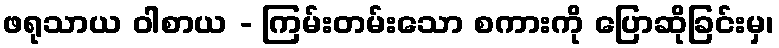
ဖရုသာယ ဝါစာယ - ကြမ်းတမ်းသော စကားကို ပြောဆိုခြင်းမှ၊